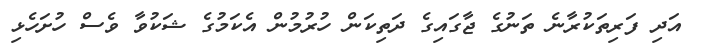
އަދި ފަރިތަކުރާނެ ތަނުގެ ޖާގައިގެ ދަތިކަން ހުރުމުން އެކަމުގެ ޝަކުވާ ވެސް ހުށަހެޅި